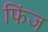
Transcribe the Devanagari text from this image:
फिंज